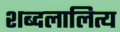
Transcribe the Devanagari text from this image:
शब्दलालित्य